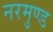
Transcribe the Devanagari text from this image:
नरमुण्ड